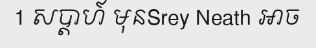
1 សប្តាហ៍ មុនSrey Neath អាច